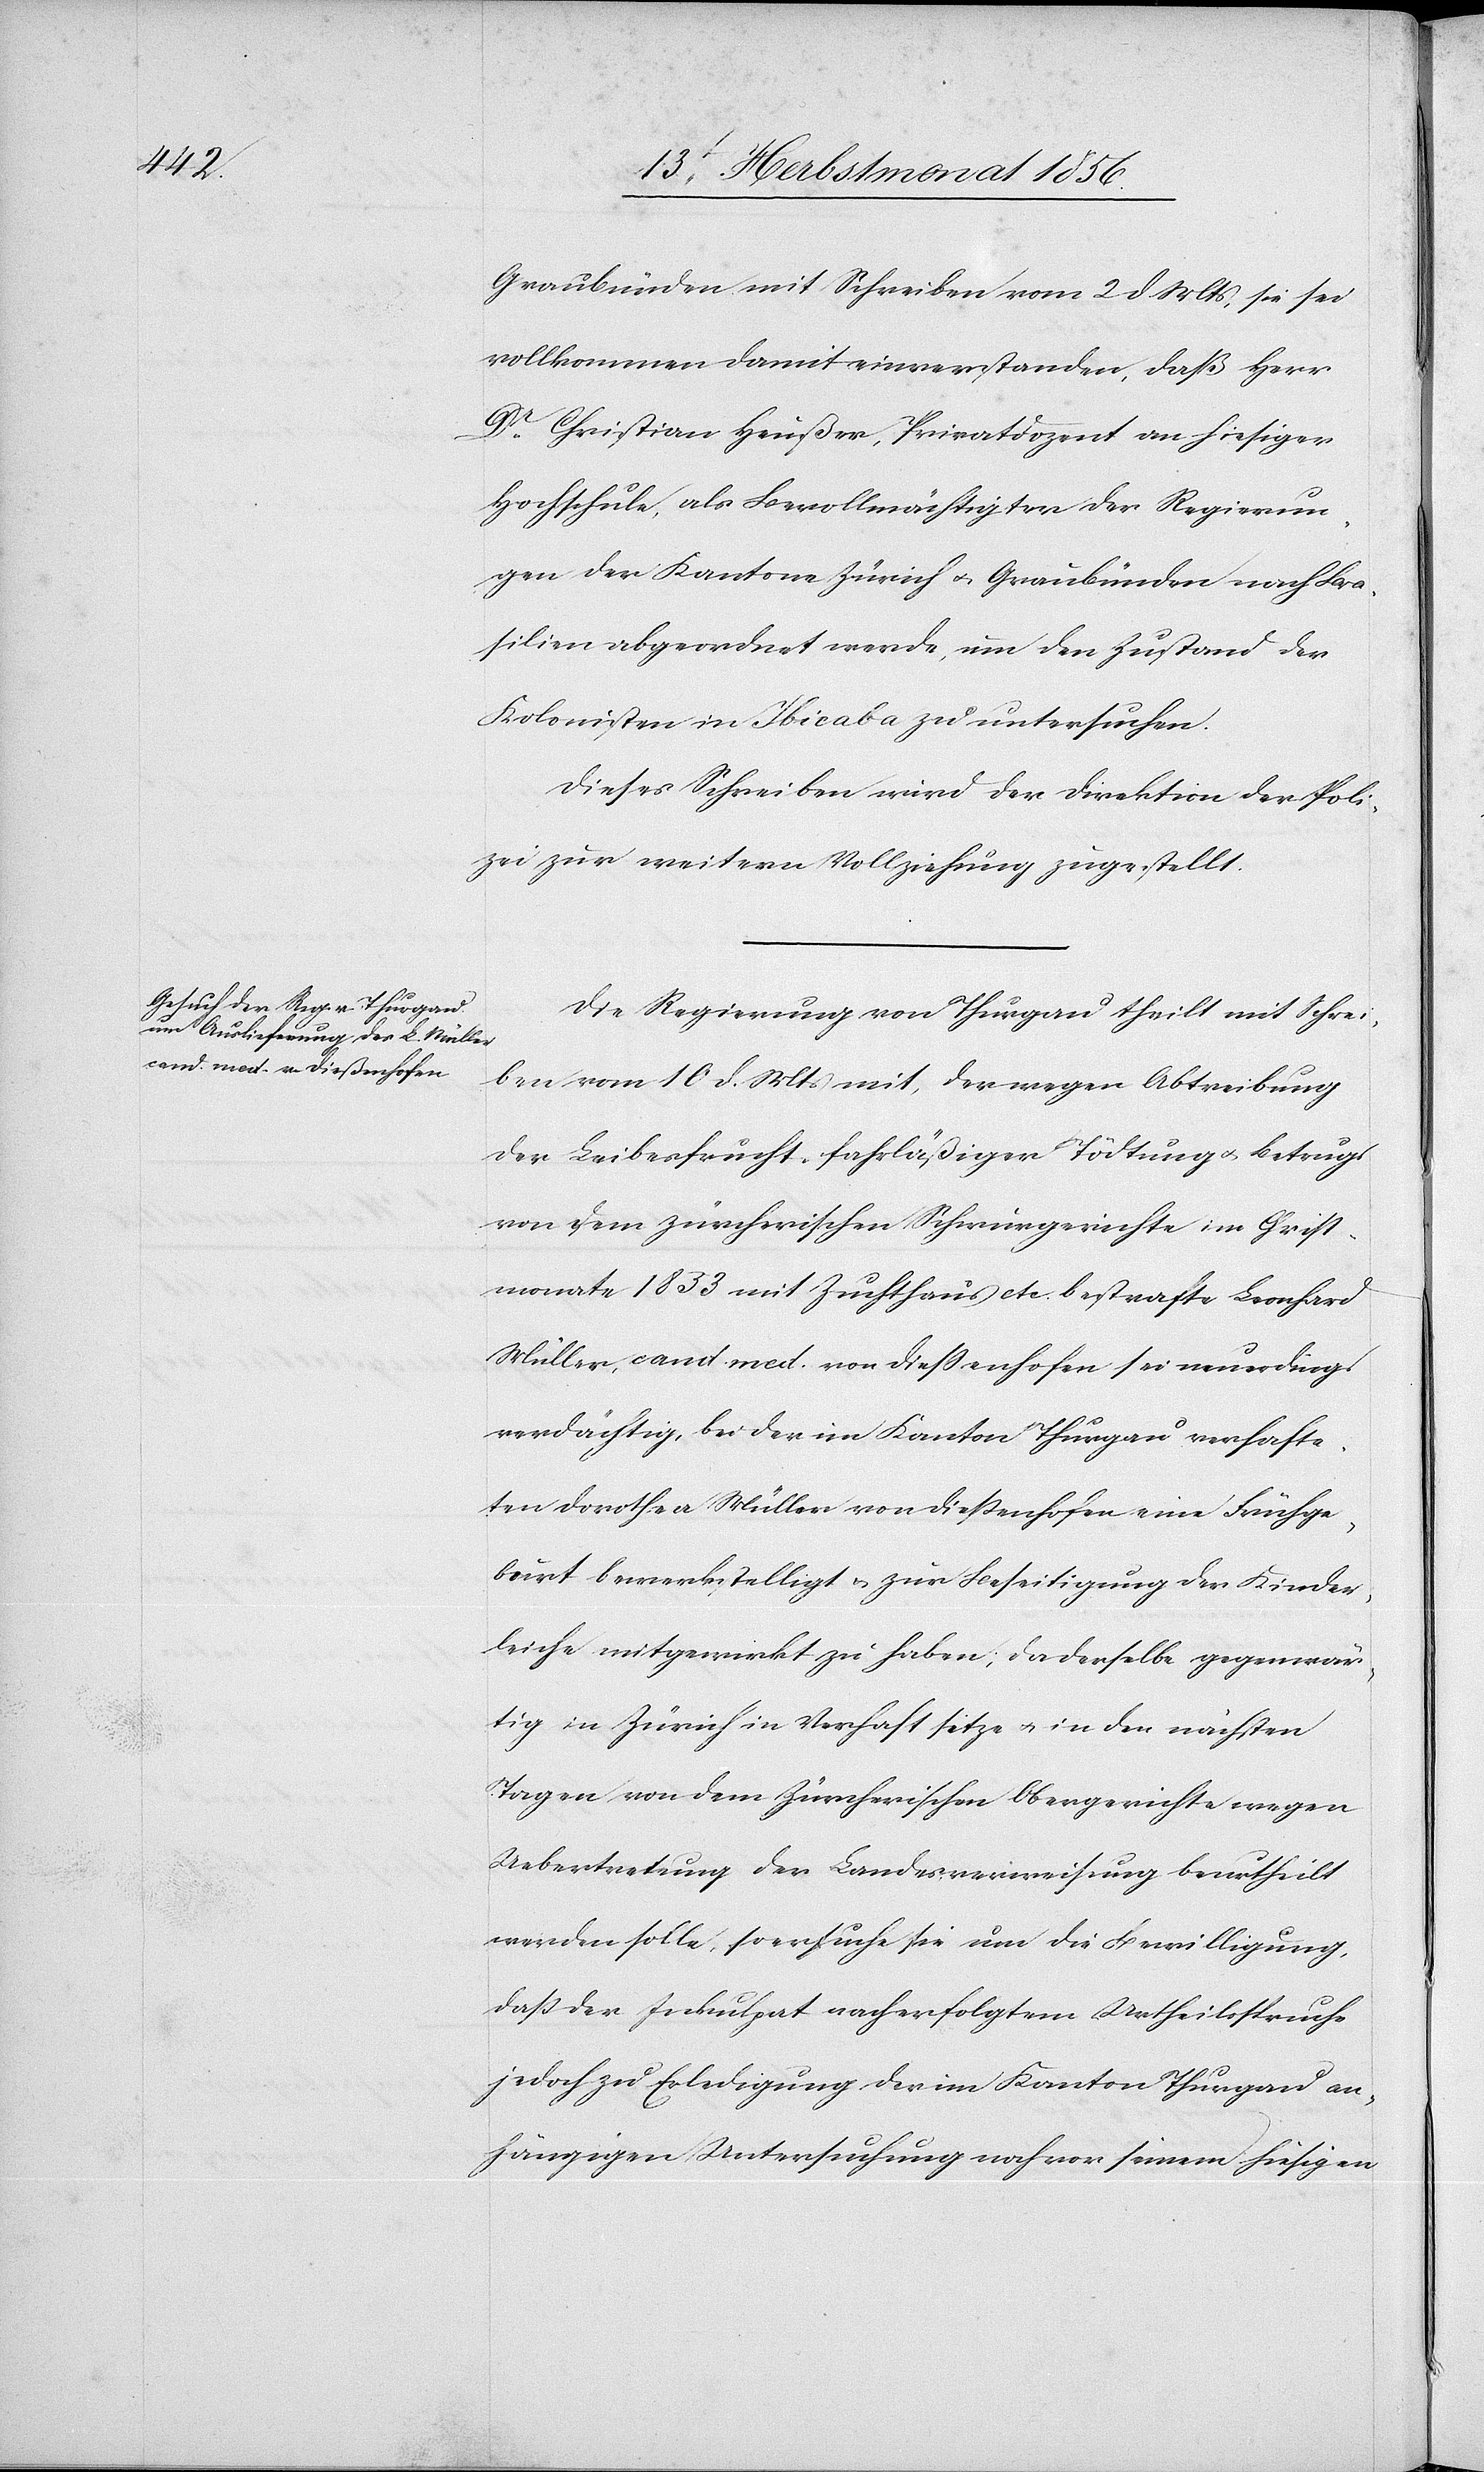
Graubünden mit Schreiben vom 2 d. Mts, sie sei
vollkommen damit einverstanden, daß Herr
Dr Christian Heußer, Privatdozent an hiesiger
Hochschule, als Bevollmächtigter der Regierun¬
gen der Kantone Zürich u. Graubünden nach Bra¬
silien abgeordnet werde, um den Zustand der
Kolonisten in Ibicaba zu untersuchen.
Dieses Schreiben wird der Direktion der Poli¬
zei zur weitern Vollziehung zugestellt.
Die Regierung von Thurgau theilt mit Schrei¬
ben vom 10 d. Mts mit, der wegen Abtreibung
der Leibesfrucht, fahrläßiger Tödtung u. Betrugs
von dem zürcherischen Schwurgerichte im Christ¬
monate 1853 mit Zuchthaus etc. bestrafte Leonhard
Müller, cand. med. von Diessenhofen sei neuerdings
verdächtig, bei der im Kanton Thurgau verhafte¬
ten Dorothea Müller von Diessenhofen eine Frühge¬
burt bewerkstelligt u. zur Beseitigung der Kinder¬
leiche mitgewirkt zu haben; da derselbe gegenwär¬
tig in Zürich in Verhaft sitze u. in den nächsten
Tagen von dem Zürcherischen Obergerichte wegen
Uebertretung der Landesverweisung beurtheilt
werden solle, so ersuche sie um die Bewilligung,
dass der Inkulpat nach erfolgtem Urtheilsspruche
jedoch zur Erledigung der im Kanton Thurgau an¬
hängigen Untersuchung noch vor seinem hiesigen